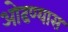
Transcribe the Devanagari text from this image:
ओढण्यास